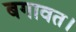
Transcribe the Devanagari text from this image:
बगावत।